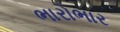
ભારોભાર